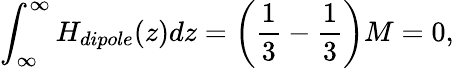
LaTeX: \int_{\infty}^{\infty}H_{dipole}(z)dz=\left({\frac{1}{3}}-{\frac{1}{3}}\right)M=0,